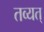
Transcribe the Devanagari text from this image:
तव्यत्